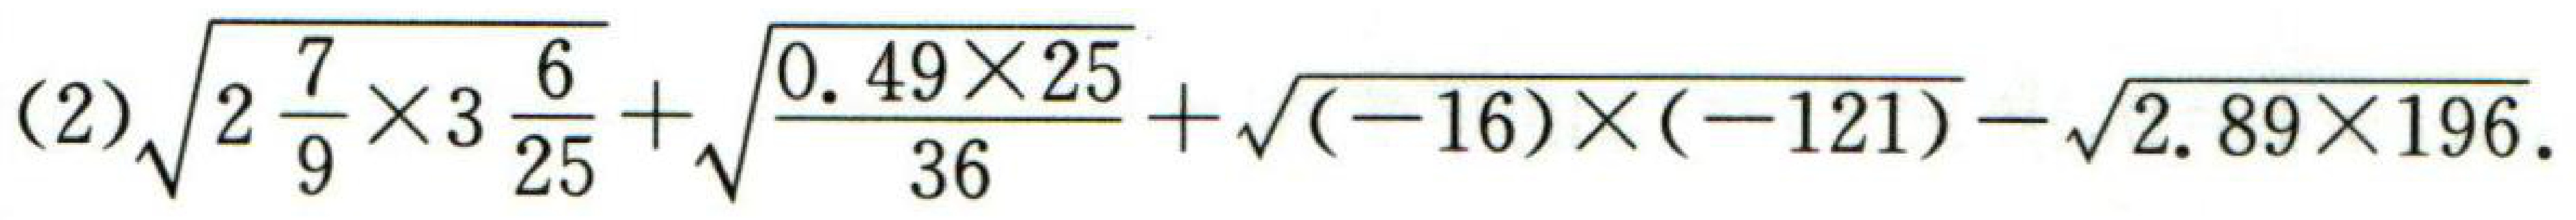
(2)$\sqrt{2\frac{7}{9}\times3\frac{6}{25}}+\sqrt{\frac{0.49\times25}{36}}+\sqrt{(-16)\times(-121)}-\sqrt{2.89\times196}$